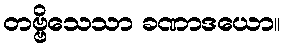
တဗ္ဗိသေသာ ခဏာဒယော။